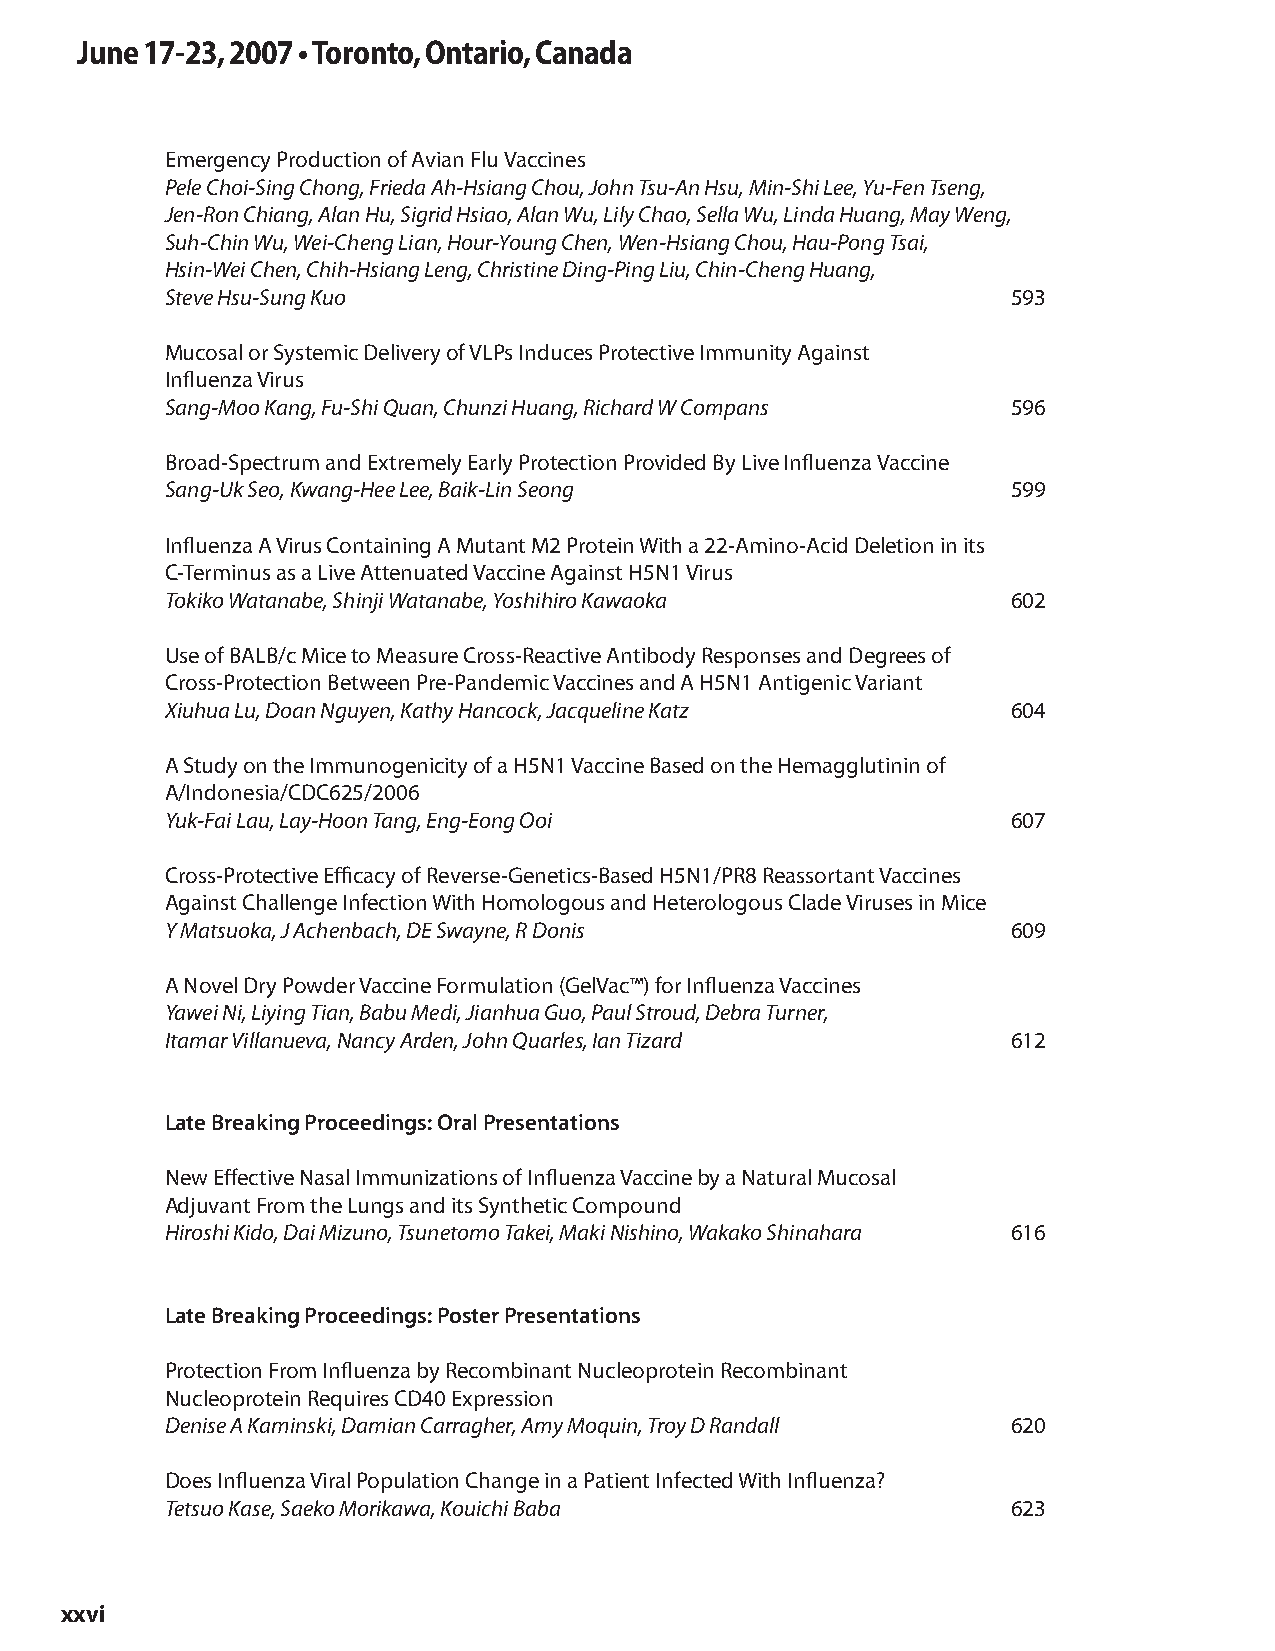
June 17-23, 2007 • Toronto, Ontario, Canada
 Emergency Production of Avian Flu Vaccines
 Pele Choi-Sing Chong, Frieda Ah-Hsiang Chou, John Tsu-An Hsu, Min-Shi Lee, Yu-Fen Tseng,
 Jen-Ron Chiang, Alan Hu, Sigrid Hsiao, Alan Wu, Lily Chao, Sella Wu, Linda Huang, May Weng,
 Suh-Chin Wu, Wei-Cheng Lian, Hour-Young Chen, Wen-Hsiang Chou, Hau-Pong Tsai,
 Hsin-Wei Chen, Chih-Hsiang Leng, Christine Ding-Ping Liu, Chin-Cheng Huang,
 Steve Hsu-Sung Kuo                                      593
 Mucosal or Systemic Delivery of VLPs Induces Protective Immunity Against
 Influenza Virus
 Sang-Moo Kang, Fu-Shi Quan, Chunzi Huang, Richard W Compans 596
 Broad-Spectrum and Extremely Early Protection Provided By Live Influenza Vaccine
 Sang-Uk Seo, Kwang-Hee Lee, Baik-Lin Seong              599
 Influenza A Virus Containing A Mutant M2 Protein With a 22-Amino-Acid Deletion in its
 C-Terminus as a Live Attenuated Vaccine Against H5N1 Virus
 Tokiko Watanabe, Shinji Watanabe, Yoshihiro Kawaoka     602
 Use of BALB/c Mice to Measure Cross-Reactive Antibody Responses and Degrees of
 Cross-Protection Between Pre-Pandemic Vaccines and A H5N1 Antigenic Variant
 Xiuhua Lu, Doan Nguyen, Kathy Hancock, Jacqueline Katz  604
 A Study on the Immunogenicity of a H5N1 Vaccine Based on the Hemagglutinin of
 A/Indonesia/CDC625/2006
 Yuk-Fai Lau, Lay-Hoon Tang, Eng-Eong Ooi                607
 Cross-Protective Efficacy of Reverse-Genetics-Based H5N1/PR8 Reassortant Vaccines
 Against Challenge Infection With Homologous and Heterologous Clade Viruses in Mice
 Y Matsuoka, J Achenbach, DE Swayne, R Donis             609
 A Novel Dry Powder Vaccine Formulation (GelVac™) for Influenza Vaccines
 Yawei Ni, Liying Tian, Babu Medi, Jianhua Guo, Paul Stroud, Debra Turner,
 Itamar Villanueva, Nancy Arden, John Quarles, Ian Tizard 612
 Late Breaking Proceedings: Oral Presentations
 New Effective Nasal Immunizations of Influenza Vaccine by a Natural Mucosal
 Adjuvant From the Lungs and its Synthetic Compound
 Hiroshi Kido, Dai Mizuno, Tsunetomo Takei, Maki Nishino, Wakako Shinahara 616
 Late Breaking Proceedings: Poster Presentations
 Protection From Influenza by Recombinant Nucleoprotein Recombinant
 Nucleoprotein Requires CD40 Expression
 Denise A Kaminski, Damian Carragher, Amy Moquin, Troy D Randall 620
 Does Influenza Viral Population Change in a Patient Infected With Influenza?
 Tetsuo Kase, Saeko Morikawa, Kouichi Baba               623
 xxvi